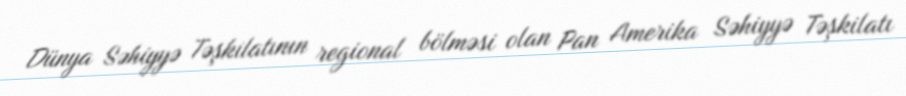
Dünya Səhiyyə Təşkilatının regional bölməsi olan Pan Amerika Səhiyyə Təşkilatı